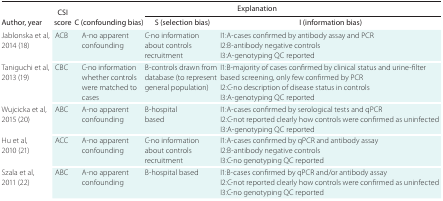
| <ROWSPAN=2> Author, year | <ROWSPAN=2> CSI score | <COLSPAN=3> Explanation |
 | C (confounding bias) | S (selection bias) | I (information bias) |
 | --- | --- | --- | --- | --- |
 | Jablonska et al, 2014 (18) | ACB | A-no apparent confounding | C-no information about controls recruitment | I1:A-cases confirmed by antibody assay and PCR I2:B-antibody negative controls I3:A-genotyping QC reported |
 | Taniguchi et al, 2013 (19) | CBC | C-no information whether controls were matched to cases | B-controls drawn from database (to represent general population) | I1:B-majority of cases confirmed by clinical status and urine-filter based screening, only few confirmed by PCR I2:C-no description of disease status in controls I3:A-genotyping QC reported |
 | Wujcicka et al, 2015 (20) | ABC | A-no apparent confounding | B-hospital based | I1:A-cases confirmed by serological tests and qPCR I2:C-not reported clearly how controls were confirmed as uninfected I3:A-genotyping QC reported |
 | Hu et al, 2010 (21) | ACC | A-no apparent confounding | C-no information about controls recruitment | I1:A-cases confirmed by qPCR and antibody assay I2:B-antibody negative controls I3:C-no genotyping QC reported |
 | Szala et al, 2011 (22) | ABC | A-no apparent confounding | B-hospital based | I1:B-cases confirmed by qPCR and/or antibody assay I2:C-not reported clearly how controls were confirmed as uninfected I3:C-no genotyping QC reported |